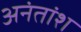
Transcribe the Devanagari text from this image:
अनंतांश